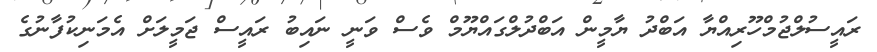
ރައީސުލްޖުމްހޫރިއްޔާ އަބްދު ޔާމީން އަބްދުލްގައްޔޫމް ވެސް ވަނީ ނައިބު ރައީސް ޖަމީލަށް އެމަނިކުފާނުގެ